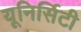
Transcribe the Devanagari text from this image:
यूनिर्सिटी